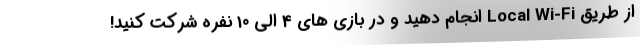
از طریق Local Wi-Fi انجام دهید و در بازی های 4 الی 10 نفره شرکت کنید!